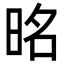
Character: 㫥